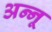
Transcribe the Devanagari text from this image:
अन्‍नू